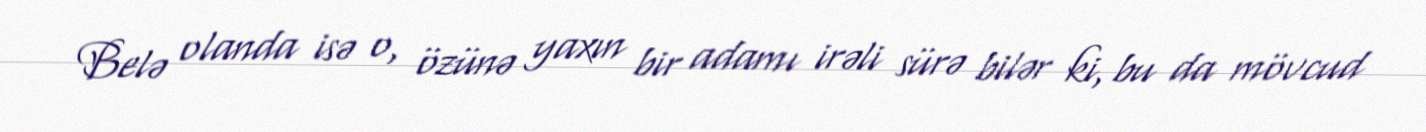
Belə olanda isə o, özünə yaxın bir adamı irəli sürə bilər ki, bu da mövcud